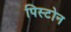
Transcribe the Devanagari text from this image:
पिस्टोन